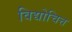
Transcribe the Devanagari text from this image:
विद्योचित्त